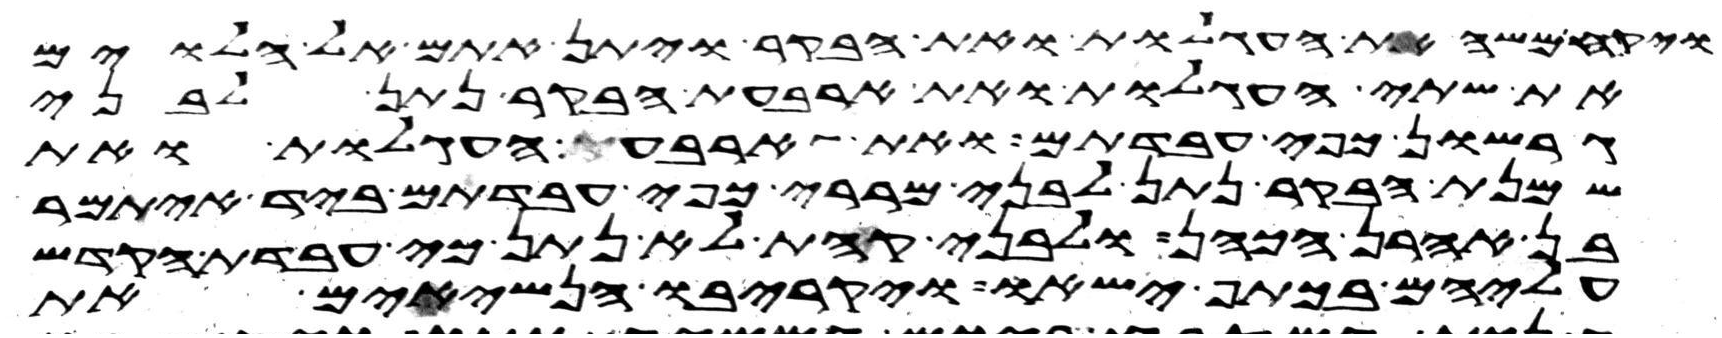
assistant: ויקח משה את העגלות ואת הבקר ויתן אתם אל הלוים
את שתי העגלות ואת ארבעת הבקר נתן לבני
גרשון כפי עבדתם ואת ארבעת העגלות ואת
שמנת הבקר נתן לבני מררי כפי עבדתם ביד איתמר
בן אהרן הכהן ולבני קהת לא נתן כי עבדת הקדש
עליהם בכתף ישאו ויקריבו הנשיאים את